Report on vaccination in Madras 1904-1921 - 1904-1921
Year: 1904
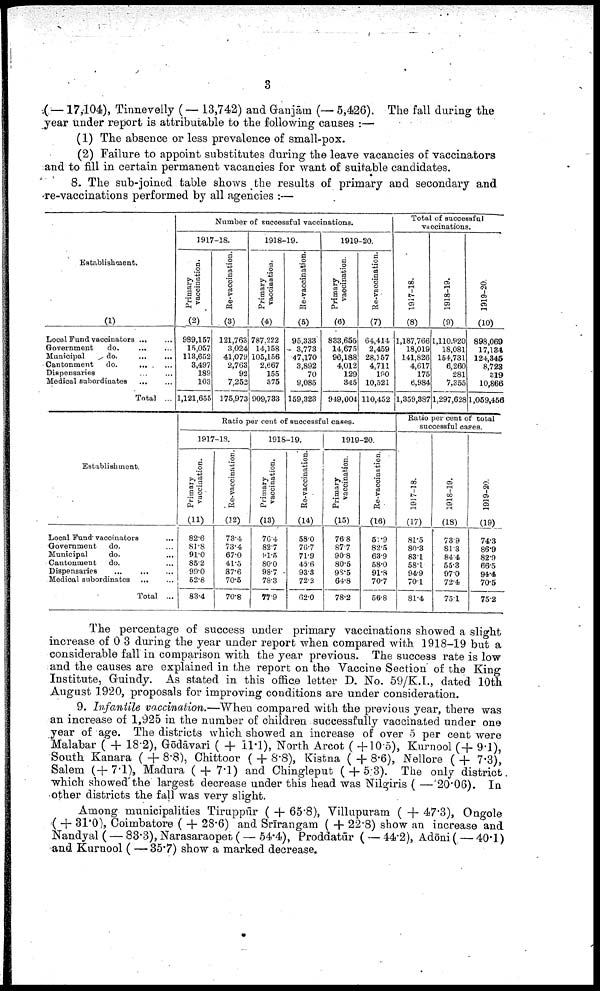
3
( —17,104), Tinnevelly (—13,742) and Ganjām (— 5,426). The fall during the
year under report is attributable to the following causes :—
(1) The absence or less prevalence of small-pox.
(2) Failure to appoint substitutes during the leave vacancies of vaccinators
and to fill in certain permanent vacancies for want of suitable candidates.
8. The sub-joined table shows the results of primary and secondary and
re-vaccinations performed by all agencies :—
Establishment.
(1)
Local Fund vaccinators ... ...
Government
do. ... ...
Municipal
do.
...
...
Cantonment
do. ... ...
Dispensaries ... ...
Medical subordinates
... ...
Total ...
Establishment.
Local Fund vaccinators
...
Government
do. ...
Municipal
do. ...
Cantonment
do. ...
Dispensaries
...
...
...
Medical subordinates ...
Total ...
Number of successful vaccinations.
1917-18.
Primary
vaccination.
(2)
989,157
15,057
113,652
3,497
189
103
1,121,655
Re-vaccination.
(3)
121,763
3,024
41,079
2,763
92
7,252
175,973
1918-19.
Primary
vaccination.
(4)
787,222
14,158
105,156
2,667
155
375
909,733
Re-vaccination.
(5)
95,333
3,773
47,170
3,892
70
9,085
159,323
1919-20.
Primary
vaccination.
(6)
833,655
14,675
96,188
4,012
129
345
949,004
Re-vaccination.
(7)
64,414
2,459
28,157
4,711
190
10,521
110,452
Ratio per cent of successful cases.
1917-18.
Primary
vaccination.
(11)
82.6
81.8
91.0
85.2
99.0
52.8
83.4
Re-vaccination.
(12)
73.4
73.4
67.0
41.5
87.6
70.5
70.8
1918-19.
Primary
vaccination.
(13)
76.4
82.7
91.5
80.0
98.7
78.3
77.9
Re-vaccination.
(14)
58.0
76.7
71.9
45.6
93.3
72.2
62.0
1919-20.
Primary
vaccination.
(15)
76.8
87.7
90.8
80.5
98.5
64.8
78.2
Re-vaccination.
(16)
51.9
82.5
63.9
58.0
91.8
70.7
56.8
Total of successful
vaccinations.
1917-18.
(8)
1,187,766
18,019
141,826
4,617
175
6,984
1,359,387
1918-19.
(9)
1,110,920
18,081
154,731
6,260
281
7,355
1,297,628
1919-20.
(10)
898,069
17,134
124,345
8,723
319
10,866
1,059,456
Ratio per cent of total
successful cases.
1917-18.
(17)
81.5
80.3
83.1
58.1
94.9
70.1
81.4
1918-19.
(18)
73.9
81.3
84.4
55.3
97.0
72.4
75.1
1919-20.
(19)
74.3
86.9
82.9
66.5
94.4
70.5
75.2
The percentage of success under primary vaccinations showed a slight
increase of 0.3 during the year under report when compared with 1918-19 but a
considerable fall in comparison with the year previous. The success rate is low
and the causes are explained in the report on the Vaccine Section of the King
Institute, Guindy. As stated in this office letter D. No. 59/K.I., dated 10th
August 1920, proposals for improving conditions are under consideration.
9. Infantile vaccination.—When compared with the previous year, there was
an increase of 1,925 in the number of children successfully vaccinated under one
year of age. The districts which showed an increase of over 5 per cent were
Malabar ( + 18.2), Gōdāvari ( + 11.1), North Arcot ( +10.5), Kurnool (+ 9.1),
South Kanara ( + 8.8), Chittoor ( + 8.8), Kistna ( + 8.6), Nellore ( + 7.3),
Salem (+7.1), Madura ( + 7.1) and Chingleput ( + 5.3). The only district.
which showed the largest decrease under this head was Nilgiris ( —'20.06). In
other districts the fall was very slight.
Among municipalities Tiruppur ( + 65.8), Villupuram ( + 47.3), Ongole
( + 31.0), Coimbatore ( + 28.6) and Srīrangam ( + 22.8) show an increase and
Nandyal (— 83.3), Narasaraopet (— 54.4), Proddatūr ( — 44.2), Adōni (— 40.1)
and Kurnool ( — 35.7) show a marked decrease.